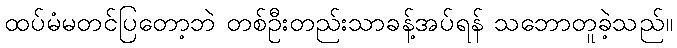
ထပ်မံမတင်ပြတော့ဘဲ တစ်ဦးတည်းသာခန့်အပ်ရန် သဘောတူခဲ့သည်။